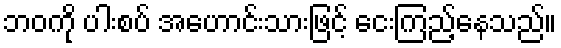
ဘဝကို ပါးစပ် အဟောင်းသားဖြင့် ငေးကြည့်နေသည်။